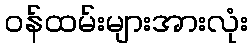
ဝန်ထမ်းများအားလုံး